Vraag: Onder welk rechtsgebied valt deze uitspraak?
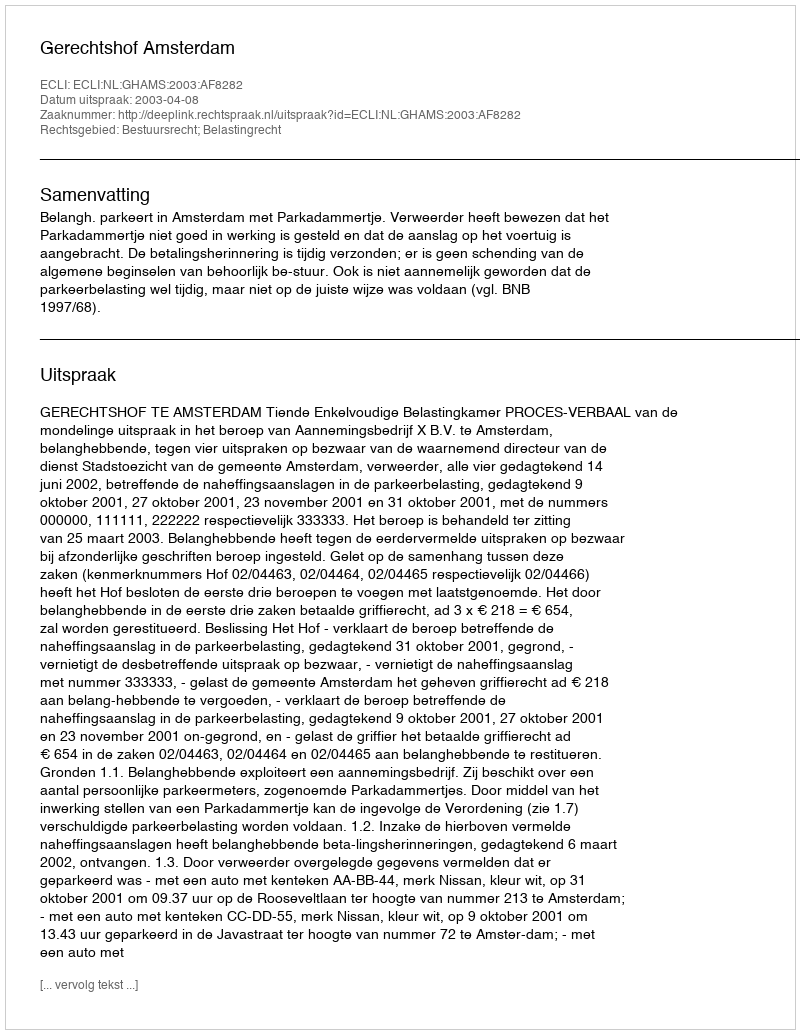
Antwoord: Bestuursrecht; Belastingrecht